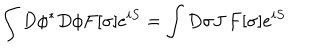
\int D \phi ^ { * } D \phi F [ \sigma ] e ^ { i S } = \int D \sigma J \, F [ \sigma ] e ^ { i S }